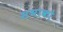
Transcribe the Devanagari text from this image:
सभाको